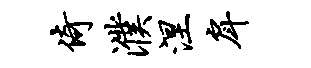
倚濮涅戽